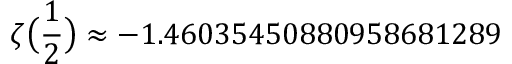
\zeta { \bigl ( } { \frac { 1 } { 2 } } { \bigr ) } \approx - 1 . 4 6 0 3 5 4 5 0 8 8 0 9 5 8 6 8 1 2 8 9